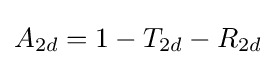
A_{2d}=1-T_{2d}-R_{2d}